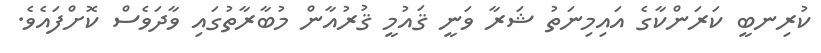
ކުރިނބީ ކަރަންކާގެ އައިމިނަތު ޝަރާ ވަނީ ޤައުމީ ޤުރުއާން މުބާރާތުގައި ވާދަވެސް ކޮށްފައެވެ.